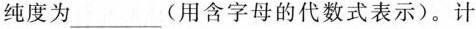
纯度为___(用含字母的代数式表示)。计